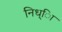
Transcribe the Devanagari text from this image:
निध्ाि